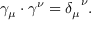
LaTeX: \gamma _ { \mu } \cdot \gamma ^ { \nu } = { \delta _ { \mu } } ^ { \nu } .